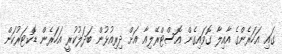
ގައި އަހަރެންގެ އާއިލާ ގޮވައިގެން އޮސްޓްރޭލިއާ އަށް ދިރިއުޅުން ބަދަލުކުރީ އަހަރެން ޑޮކްޓަރުކަން